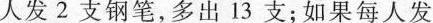
人发2支钢笔，多出13支；如果每人发